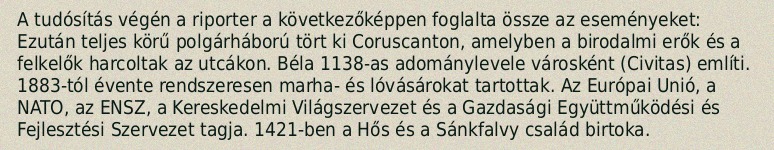
A tudósítás végén a riporter a következőképpen foglalta össze az eseményeket: Ezután teljes körű polgárháború tört ki Coruscanton, amelyben a birodalmi erők és a felkelők harcoltak az utcákon. Béla 1138-as adománylevele városként (Civitas) említi. 1883-tól évente rendszeresen marha- és lóvásárokat tartottak. Az Európai Unió, a NATO, az ENSZ, a Kereskedelmi Világszervezet és a Gazdasági Együttműködési és Fejlesztési Szervezet tagja. 1421-ben a Hős és a Sánkfalvy család birtoka.